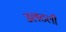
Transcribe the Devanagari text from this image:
उलटली